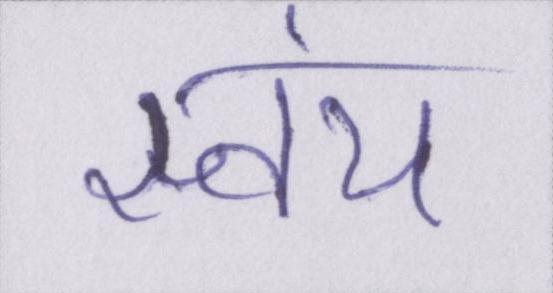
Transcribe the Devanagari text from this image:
स्वंय